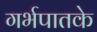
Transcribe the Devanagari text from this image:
गर्भपातके